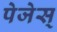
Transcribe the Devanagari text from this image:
पेजेस्